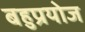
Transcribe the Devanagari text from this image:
बहुप्रयोज